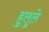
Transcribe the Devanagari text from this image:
हुलुले